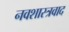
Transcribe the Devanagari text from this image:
नवशास्त्रवाद